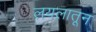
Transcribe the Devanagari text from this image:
लयलातून